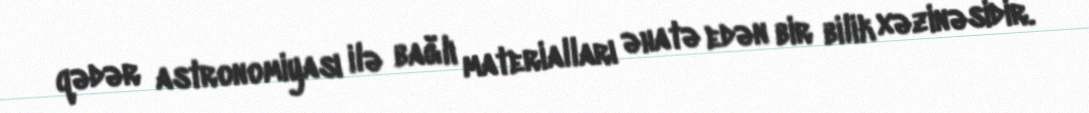
qədər astronomiyası ilə bağlı materialları əhatə edən bir bilik xəzinəsidir.